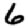
Digit: 6